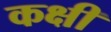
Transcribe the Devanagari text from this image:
कक्षी